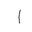
Letter: _alif